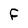
Character: F